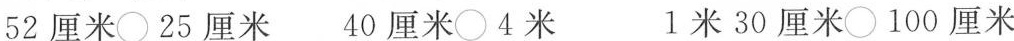
52厘米○25厘米 40厘米○4米 1米30厘米〇100厘米